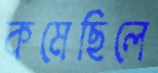
কমেছিলে